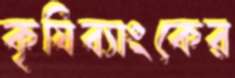
কৃষিব্যাংকের